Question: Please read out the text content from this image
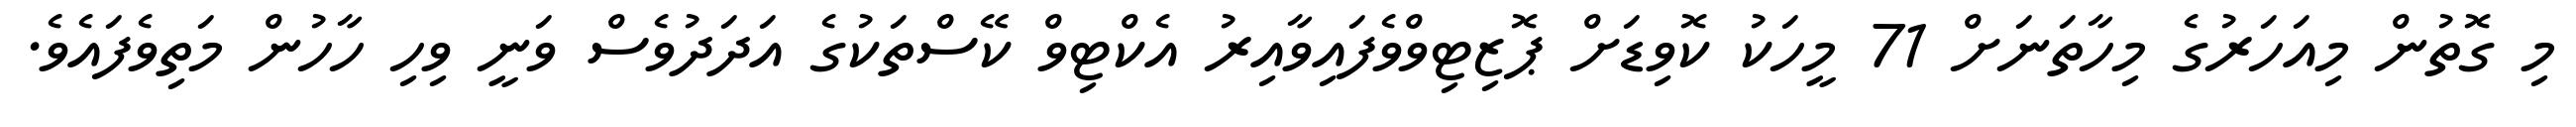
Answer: މި ގޮތުން މިއަހަރުގެ މިހާތަނަށް 71 މީހަކު ކޮވިޑަށް ޕޮޒިޓިވްވެފައިވާއިރު އެކްޓިވް ކޭސްތަކުގެ އަދަދުވެސް ވަނީ ވިހި ހާހުން މަތިވެފައެވެ.